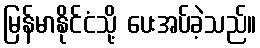
မြန်မာနိုင်ငံသို့ ပေးအပ်ခဲ့သည်။